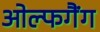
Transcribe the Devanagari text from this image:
ओल्फगैंग